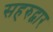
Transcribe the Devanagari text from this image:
सहरुद्वार